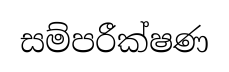
සම්පරීක්ෂණ